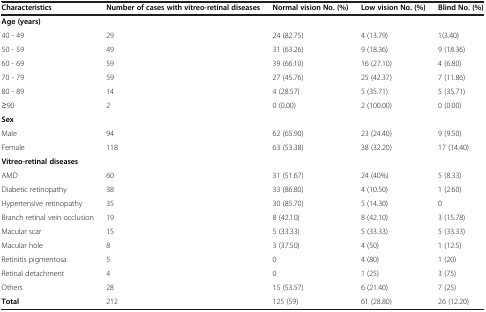
| Characteristics | Number of cases with vitreo-retinal diseases | Normal vision No. (%) | Low vision No. (%) | Blind No. (%) |
 | --- | --- | --- | --- | --- |
 | Age (years) |  |  |  |  |
 | 40 - 49 | 29 | 24 (82.75) | 4 (13.79) | 1(3.40) |
 | 50 - 59 | 49 | 31 (63.26) | 9 (18.36) | 9 (18.36) |
 | 60 - 69 | 59 | 39 (66.10) | 16 (27.10) | 4 (6.80) |
 | 70 - 79 | 59 | 27 (45.76) | 25 (42.37) | 7 (11.86) |
 | 80 - 89 | 14 | 4 (28.57) | 5 (35.71) | 5 (35.71) |
 | ≥90 | 2 | 0 (0.00) | 2 (100.00) | 0 (0.00) |
 | Sex |  |  |  |  |
 | Male | 94 | 62 (65.90) | 23 (24.40) | 9 (9.50) |
 | Female | 118 | 63 (53.38) | 38 (32.20) | 17 (14.40) |
 | Vitreo-retinal diseases |  |  |  |  |
 | AMD | 60 | 31 (51.67) | 24 (40%) | 5 (8.33) |
 | Diabetic retinopathy | 38 | 33 (86.80) | 4 (10.50) | 1 (2.60) |
 | Hypertensive retinopathy | 35 | 30 (85.70) | 5 (14.30) | 0 |
 | Branch retinal vein occlusion | 19 | 8 (42.10) | 8 (42.10) | 3 (15.78) |
 | Macular scar | 15 | 5 (33.33) | 5 (33.33) | 5 (33.33) |
 | Macular hole | 8 | 3 (37.50) | 4 (50) | 1 (12.5) |
 | Retinitis pigmentosa | 5 | 0 | 4 (80) | 1 (20) |
 | Retinal detachment | 4 | 0 | 1 (25) | 3 (75) |
 | Others | 28 | 15 (53.57) | 6 (21.40) | 7 (25) |
 | Total | 212 | 125 (59) | 61 (28.80) | 26 (12.20) |